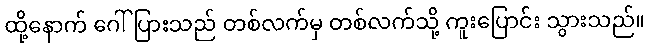
ထို့နောက် ဂေါ်ပြားသည် တစ်လက်မှ တစ်လက်သို့ ကူးပြောင်း သွားသည်။